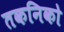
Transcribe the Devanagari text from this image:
तकनिको